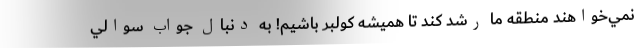
نمي‌خواهند منطقه ما رشد كند تا هميشه كولبر باشيم! به دنبال جواب سوالي